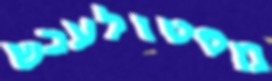
מסטולעכש